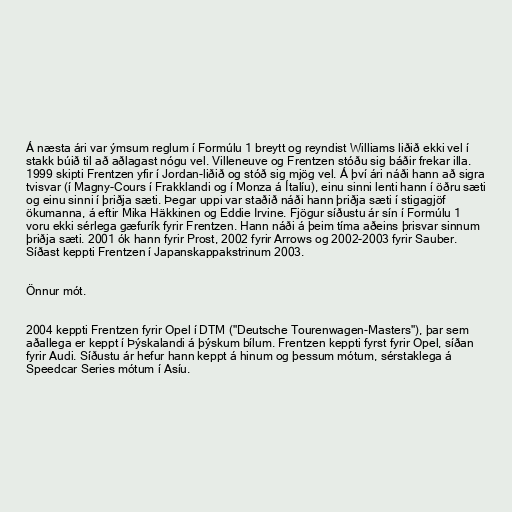
Á næsta ári var ýmsum reglum í Formúlu 1 breytt og reyndist Williams liðið ekki vel í
stakk búið til að aðlagast nógu vel. Villeneuve og Frentzen stóðu sig báðir frekar illa.
1999 skipti Frentzen yfir í Jordan-liðið og stóð sig mjög vel. Á því ári náði hann að sigra
tvisvar (í Magny-Cours í Frakklandi og í Monza á Ítalíu), einu sinni lenti hann í öðru sæti
og einu sinni í þriðja sæti. Þegar uppi var staðið náði hann þriðja sæti í stigagjöf
ökumanna, á eftir Mika Häkkinen og Eddie Irvine. Fjögur síðustu ár sín í Formúlu 1
voru ekki sérlega gæfurík fyrir Frentzen. Hann náði á þeim tíma aðeins þrisvar sinnum
þriðja sæti. 2001 ók hann fyrir Prost, 2002 fyrir Arrows og 2002-2003 fyrir Sauber.
Síðast keppti Frentzen í Japanskappakstrinum 2003.

Önnur mót.

2004 keppti Frentzen fyrir Opel í DTM ("Deutsche Tourenwagen-Masters"), þar sem
aðallega er keppt í Þýskalandi á þýskum bílum. Frentzen keppti fyrst fyrir Opel, síðan
fyrir Audi. Síðustu ár hefur hann keppt á hinum og þessum mótum, sérstaklega á
Speedcar Series mótum í Asíu.